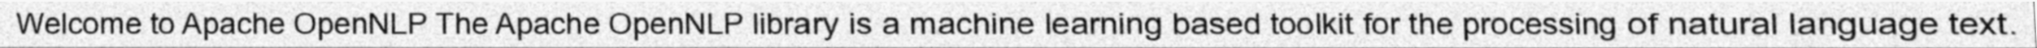
Welcome to Apache OpenNLP The Apache OpenNLP library is a machine learning based toolkit for the processing of natural language text.